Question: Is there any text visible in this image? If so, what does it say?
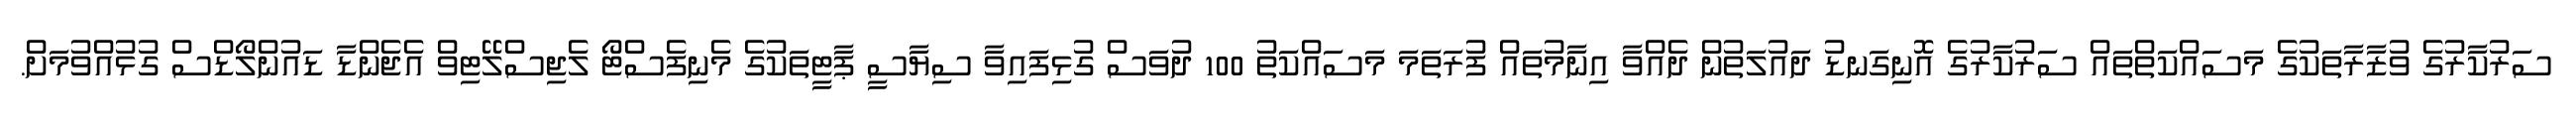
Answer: ސަރުކާރުގެ ވުޒާރާތަކުގެ މަސައްކަތްތައް ސަރުކާރުގެ އޮނިގަނޑު ދައުލަތުން ދެއްވާ އިނާމުތައް ފުރަތަމަ މަސައްކަތު 100 ދުވަސް ގުޅިފައިވާ ސިޔާސީ ޕާޓީތަކުގެ މެނިފެސްޓޯ ލެޖިސްލޭޓިވް އެޖެންޑާ ޑައުންލޯޑްސް ގުޅުއްވުމަށް.